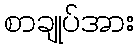
စာချုပ်အား